system: You are a helpful assistant.
user:
Analyze the provided spectrum to determine if it is a **M-type Giant (gM)**.

A M-type Giant spectrum is defined by its **strong molecular absorption** features, particularly from **Titanium Oxide (TiO)**. You must check for one of the following mutually exclusive signatures:

- **Key Visual Indicators (Absorption-Dominated Spectrum):**

    - **(Primary):** The spectrum is dominated by strong molecular absorption from **Titanium Oxide (TiO)**. This is the **defining feature** of its M-type temperature class.
        - **(Key Bandheads):** Look for sharp, "saw-tooth" absorption valleys. The strongest are located near **~7050 Å**, **~6160 Å**, and **~5170 Å**.
        - **(Line Profile):** The "saw-tooth" morphology is critical: a **sharp, steep drop on the BLUE (short-wavelength) side** of the bandhead, followed by a gradual recovery (rising flux) towards the RED (long-wavelength) side.

    - **(Key Confirmation - Giant vs. Dwarf):** **ABSENCE** of strong **Calcium Hydride (CaH)** molecular bands. This is the primary diagnostic for *excluding* M-dwarfs.
        - **(Key Region):** The spectrum should lack the strong, broad absorption band seen in dwarfs between **~6800 Å and ~7000 Å**.

    - **(Secondary Confirmation - Giant):** A very strong and broad **Neutral Calcium (Ca I)** atomic absorption line.
        - **(Key Line):** Located at **~4226 Å**. In a giant (gM), this line is significantly deeper and broader than the same line in an M-dwarf (dM) due to low surface gravity.

    - **(Overall Spectrum):**
        - The continuum is **extremely red-sloping** (i.e., flux is very low in the blue and rises dramatically towards the red).
        - The entire spectrum appears "chopped up" by the deep TiO bands.

Think first, call **spectral_visualization_tool** if needed to examine features in detail, then provide your final answer. Your response must adhere to the following strict rules:
1.  **Overall Structure:** Your response must follow the format `<think>...</think> <tool_call>...</tool_call> (if a tool is used) <answer>...</answer>`.
2.  **Tool Usage Constraint:** You may only make **one** tool call per turn.
3.  **Final Answer Format:** In the `<answer>` tag, your conclusion must be inside a `\boxed{}` command (e.g., `\boxed{YES}` or `\boxed{NO}`), followed by your justification.

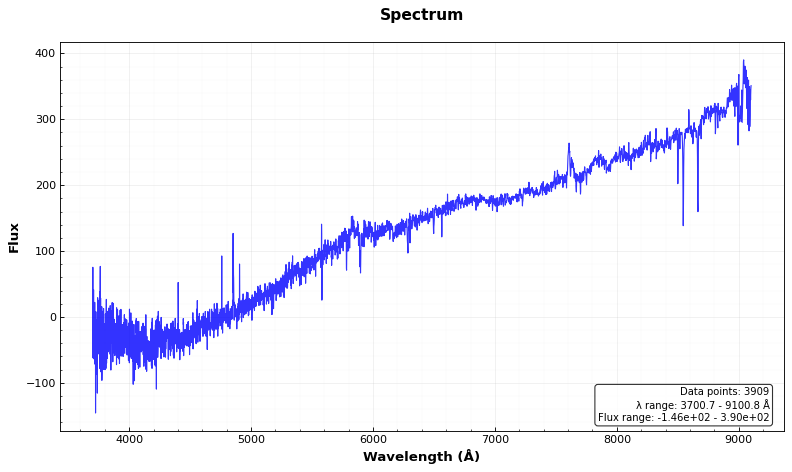
Answer: NO